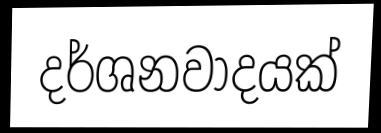
දර්ශනවාදයක්